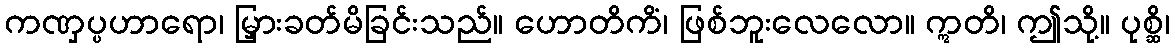
ကဏှပ္ပဟာရော၊ မြှားခတ်မိခြင်းသည်။ ဟောတိကိံ၊ ဖြစ်ဘူးလေလော။ ဣတိ၊ ဤသို့။ ပုစ္ဆိ၊